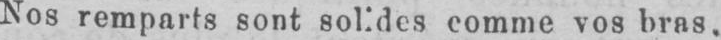
comme vos bras,